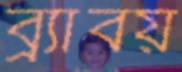
ব্র্যাবয়